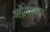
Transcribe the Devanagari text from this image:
ग्लॉमेरूलार